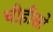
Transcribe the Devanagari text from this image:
चीहीसो